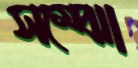
সম্‌ঝো